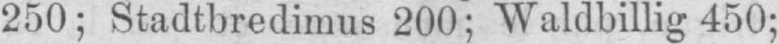
250; Stadtbredimus 200; Waldbillig 450;